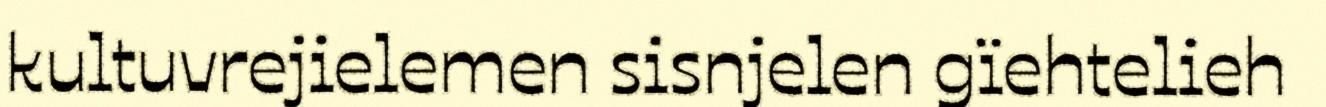
kultuvrejielemen sisnjelen gïehtelieh